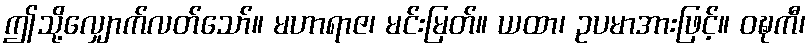
ဤသို့လျှောက်လတ်သော်။ မဟာရာဇ၊ မင်းမြတ်။ ယထာ၊ ဥပမာအားဖြင့်။ ဝဍ္ဎကီ၊